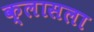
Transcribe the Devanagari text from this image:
क्लासला